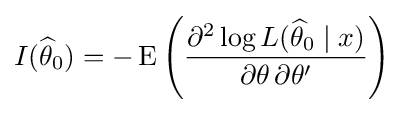
I({\widehat {\theta }}_{0})=-\operatorname {E} \left({\frac {\partial ^{2}\log L({\widehat {\theta }}_{0}\mid x)}{\partial \theta \,\partial \theta '}}\right)